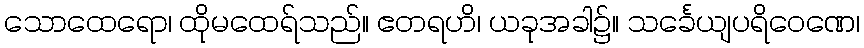
သောထေရော၊ ထိုမထေရ်သည်။ ဧတရဟိ၊ ယခုအခါ၌။ သင်္ခေယျပရိဝေဏေ၊